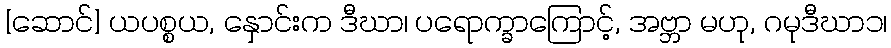
[ဆောင်] ယပစ္စယ, နှောင်းက ဒီဃာ၊ ပရောက္ခာကြောင့်, အဗ္ဘာ မဟု, ဂမုဒီဃာ၁၊